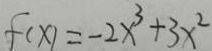
f ( x ) = - 2 x ^ { 3 } + 3 x ^ { 2 }